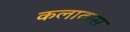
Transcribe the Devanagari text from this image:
कलादास